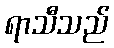
ရာသီသည်